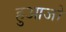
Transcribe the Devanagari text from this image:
हुआजो